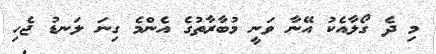
މި ދެ ގޯލާއެކު އޭނާ ވަނީ މުބާރާތުގެ އެންމެ ގިނަ ލަނޑު ޖެހި